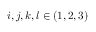
i , j , k , l \in ( 1 , 2 , 3 )